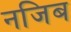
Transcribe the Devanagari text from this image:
नजिब